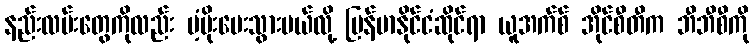
နည်းလမ်းတွေကိုလည်း ပံ့ပိုးပေးသွားမယ်လို့ မြန်မာနိုင်ငံဆိုင်ရာ ယူအက်စ် အိုင်စီတီက ဘီဘီစီကို